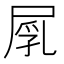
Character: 𡲐